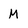
Character: M